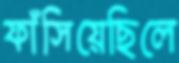
ফাঁসিয়েছিলে